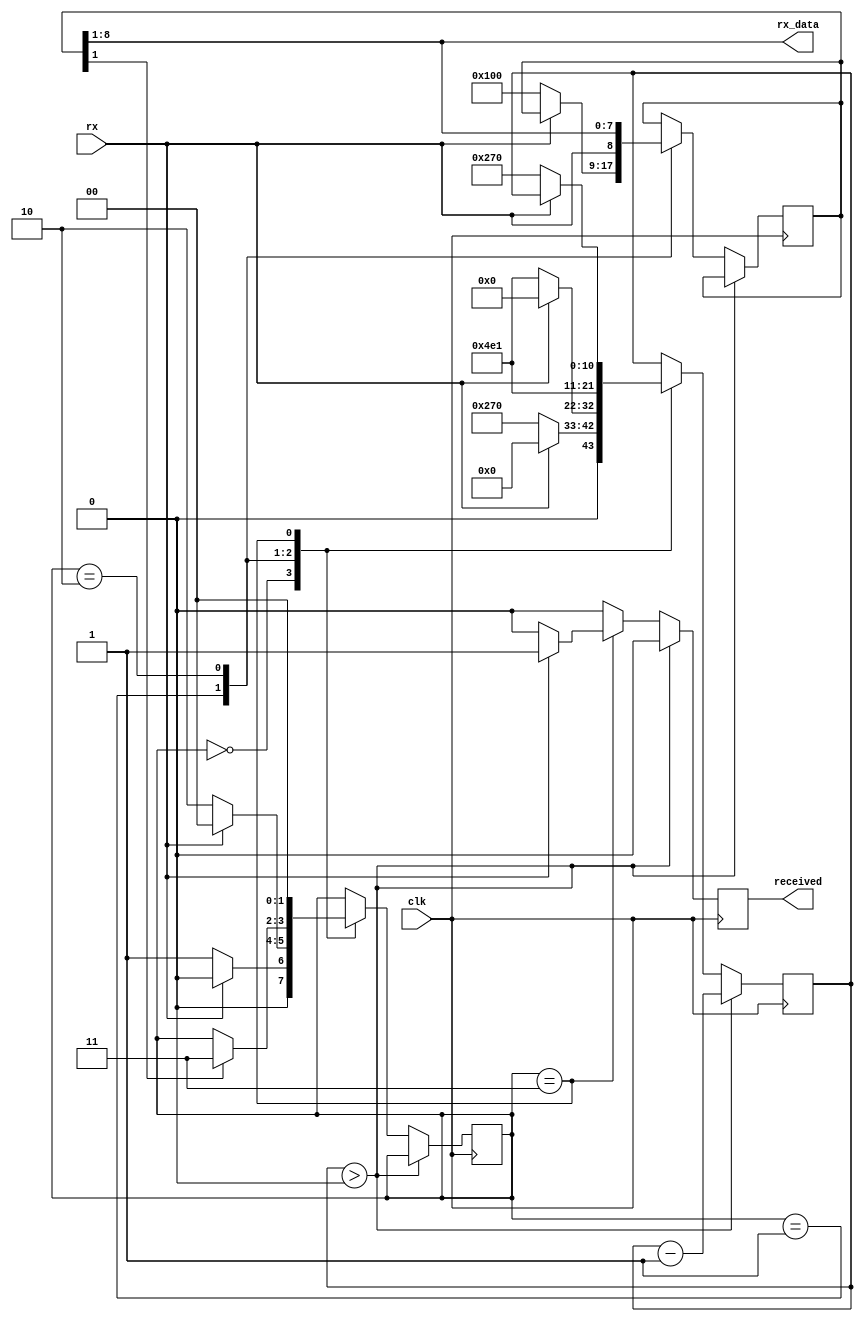
module uart_rx
		#(
		parameter CLK_FREQ=12_000_000,
		parameter BAUDRATE=9600
		)
		(
		input rx,
		output [7:0] rx_data,
		output reg received,
		
		input clk);

	localparam STATE_IDLE = 0;	
	localparam STATE_CHECK_START = 1;	
	localparam STATE_BITS = 2;	
	localparam STATE_CHECK_STOP = 3;	
	
	localparam BIT_SAMPLE_COUNTER = CLK_FREQ / BAUDRATE;
	localparam HALF_BIT_SAMPLE_COUNTER = BIT_SAMPLE_COUNTER / 2;
	
	localparam COUNTER_BITS = $clog2(BIT_SAMPLE_COUNTER);
	
	initial received = 0;
	
	reg [COUNTER_BITS-1:0] counter = 0;
	reg [1:0] state = STATE_IDLE;
	reg [8:0] bits;
	
	/* handles metastability */
	/*
	reg rx_metastable = 0;
	reg rx_stable = 0;
	always @ (posedge clk) begin
		rx_metastable <= rx;
		rx_stable <= rx_metastable;
	end*/
	wire rx_stable = rx;
	
	always @ (posedge clk) begin
		// clears received flag
		received <= 0;
		
		if (counter > 0) begin
			counter <= counter - 1;
		end else begin
			case (state)
				STATE_IDLE: begin
					if (!rx_stable) begin
						counter <= HALF_BIT_SAMPLE_COUNTER - 1;
						state <= STATE_CHECK_START;
					end
					else begin
						counter <= 0;
						state <= STATE_IDLE;
					end
				end
				STATE_CHECK_START: begin
					// when signal still lowered, then we detected a start
					if (!rx_stable) begin
						counter <= BIT_SAMPLE_COUNTER - 1;
						state <= STATE_BITS;
						bits <= 9'b1_0000_0000;
					end
					else begin
						// if not, then go back to idle state
						counter <= 0;
						state <= STATE_IDLE;
					end
				end
				STATE_BITS: begin
					if (bits[1]) begin
						state <= STATE_CHECK_STOP;
					end
					counter <= BIT_SAMPLE_COUNTER - 1;
					
					// place new bit into output
					bits <= { rx_stable, bits[8:1] };
				end
				STATE_CHECK_STOP: begin
					if (rx_stable) begin
						// stop bit is high, as expected, place read data on output
						state <= STATE_IDLE;
						
						received <= 1;
					end
					else begin
						// something went wrong, we cant recover
						counter <= HALF_BIT_SAMPLE_COUNTER - 1;
						state <= STATE_IDLE;
					end
				end
			endcase
		end
	end
	
	assign rx_data = bits[8:1];
	
endmodule